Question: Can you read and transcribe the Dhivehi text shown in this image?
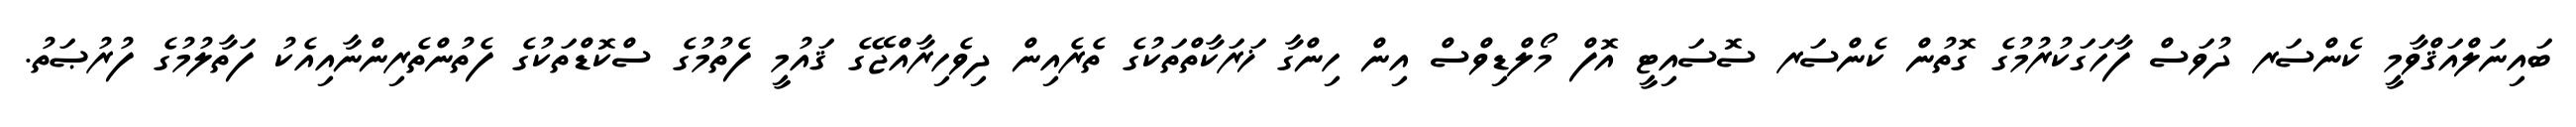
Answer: ބައިނަލްއަޤްވާމީ ކެންސަރ ދުވަސް ފާހަގަކުރުމުގެ ގޮތުން ކެންސަރ ސޮސައިޓީ އޮފް މޯލްޑިވްސް އިން ހިންގާ ޚަރަކާތްތަކުގެ ތެރެއިން ދިވެހިރާއްޖޭގެ ޤައުމީ ފެތުމުގެ ސްކޮޑްތަކުގެ ފެތުންތެރިންނާއިއެކު ފަތާލުމުގެ ފުރުޞަތު.